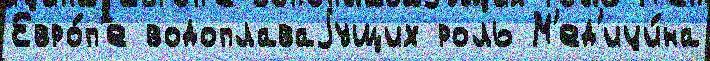
Евро́п'е водоплаваjущих роль М'ед'ици́на